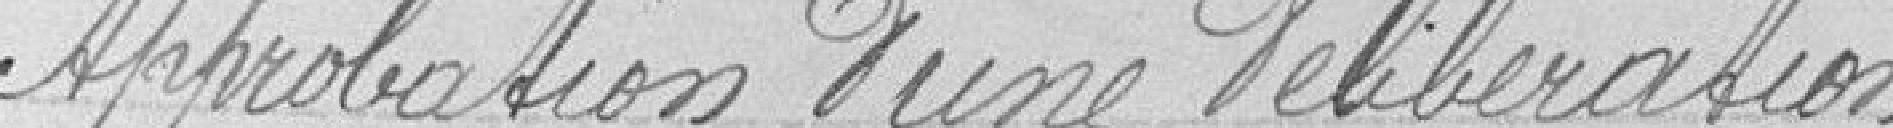
Approbation d'une délibération